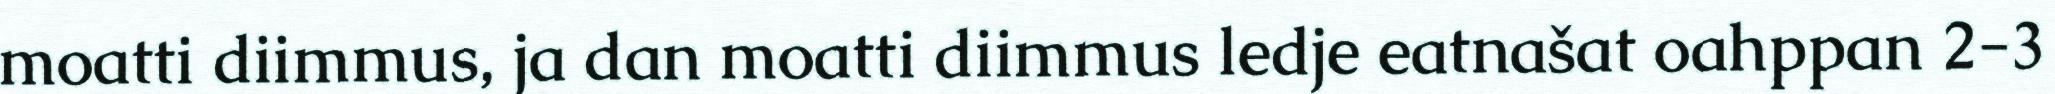
moatti diimmus, ja dan moatti diimmus ledje eatnašat oahppan 2-3